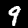
Digit: 9